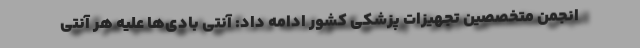
انجمن متخصصین تجهیزات پزشکی کشور ادامه داد: آنتی بادی‌ها علیه هر آنتی